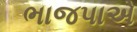
ભાજપાએ